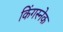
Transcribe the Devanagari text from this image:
किंगस्नेक